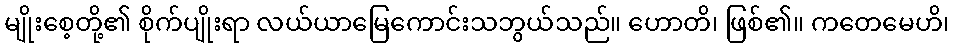
မျိုးစေ့တို့၏ စိုက်ပျိုးရာ လယ်ယာမြေကောင်းသဘွယ်သည်။ ဟောတိ၊ ဖြစ်၏။ ကတေမေဟိ၊